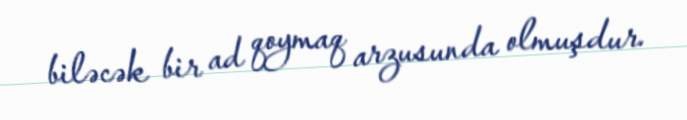
biləcək bir ad qoymaq arzusunda olmuşdur.